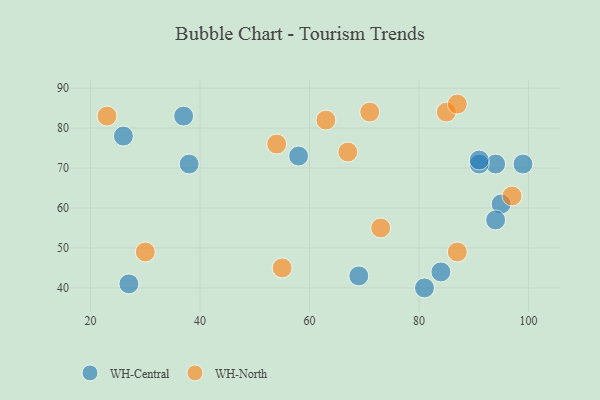
{"axis": {"x": "GDP", "y": "Life Expectancy"}, "legend": ["WH-Central", "WH-North"], "data": [{"x": "94", "y": 71, "type": "WH-Central"}, {"x": "84", "y": 44, "type": "WH-Central"}, {"x": "69", "y": 43, "type": "WH-Central"}, {"x": "37", "y": 83, "type": "WH-Central"}, {"x": "95", "y": 61, "type": "WH-Central"}, {"x": "27", "y": 41, "type": "WH-Central"}, {"x": "94", "y": 57, "type": "WH-Central"}, {"x": "26", "y": 78, "type": "WH-Central"}, {"x": "91", "y": 71, "type": "WH-Central"}, {"x": "58", "y": 73, "type": "WH-Central"}, {"x": "91", "y": 72, "type": "WH-Central"}, {"x": "81", "y": 40, "type": "WH-Central"}, {"x": "99", "y": 71, "type": "WH-Central"}, {"x": "38", "y": 71, "type": "WH-Central"}, {"x": "85", "y": 84, "type": "WH-North"}, {"x": "73", "y": 55, "type": "WH-North"}, {"x": "71", "y": 84, "type": "WH-North"}, {"x": "23", "y": 83, "type": "WH-North"}, {"x": "55", "y": 45, "type": "WH-North"}, {"x": "63", "y": 82, "type": "WH-North"}, {"x": "54", "y": 76, "type": "WH-North"}, {"x": "67", "y": 74, "type": "WH-North"}, {"x": "87", "y": 49, "type": "WH-North"}, {"x": "97", "y": 63, "type": "WH-North"}, {"x": "87", "y": 86, "type": "WH-North"}, {"x": "30", "y": 49, "type": "WH-North"}]}